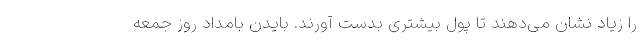
را زیاد نشان می‌دهند تا پول بیشتری بدست آورند. بایدن بامداد روز جمعه